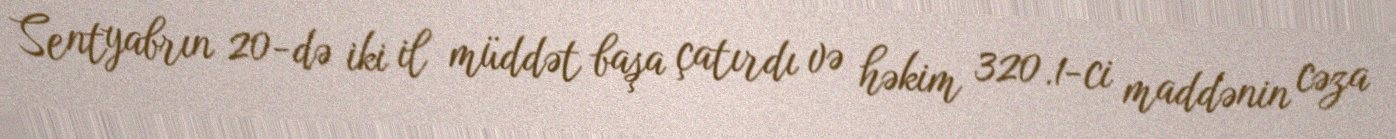
Sentyabrın 20-də iki il müddət başa çatırdı və həkim 320.1-ci maddənin cəza